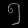
Digit: ၅